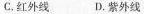
C.红外线 D.紫外线